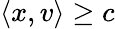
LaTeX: \langle x,v\rangle\geq c